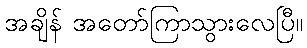
အချိန် အတော်ကြာသွားလေပြီ။